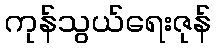
ကုန်သွယ်ရေးဇုန်